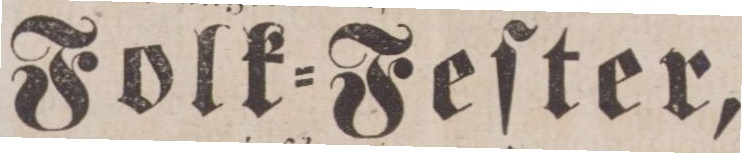
Folk=Feſter,